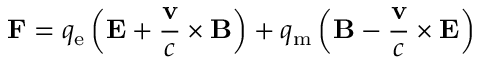
\mathbf { F } = q _ { \mathrm { e } } \left( \mathbf { E } + { \frac { \mathbf { v } } { c } } \times \mathbf { B } \right) + q _ { \mathrm { m } } \left( \mathbf { B } - { \frac { \mathbf { v } } { c } } \times \mathbf { E } \right)